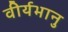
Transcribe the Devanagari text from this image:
वीर्यभानु